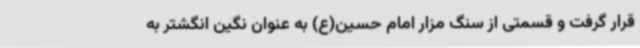
قرار گرفت و قسمتی از سنگ مزار امام حسین(ع) به عنوان نگین انگشتر به